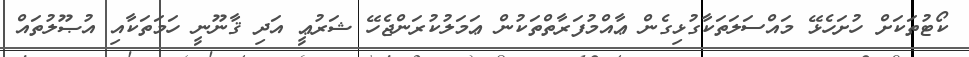
ކޯޓުތަކަށް ހުށަހެޅޭ މައްސަލަތަކާގުޅިގެން ޢާއްމުފަރާތްތަކުން ޢަމަލުކުރަންޖެހޭ ޝަރުޢީ އަދި ޤާނޫނީ ހަމަތަކާއި އުޞޫލުތައް